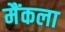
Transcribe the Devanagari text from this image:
मैंकला